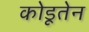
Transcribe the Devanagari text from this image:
कोडूतेन